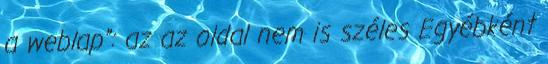
a weblap”: az az oldal nem is széles Egyébként